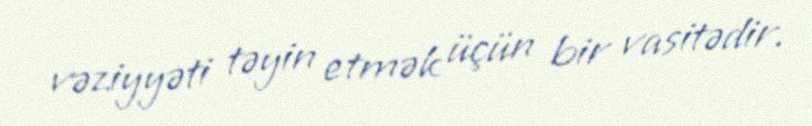
vəziyyəti təyin etmək üçün bir vasitədir.